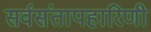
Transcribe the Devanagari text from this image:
सर्वसंतापहारिणी